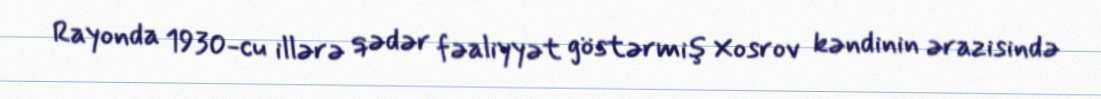
Rayonda 1930-cu illərə qədər fəaliyyət göstərmiş Xosrov kəndinin ərazisində